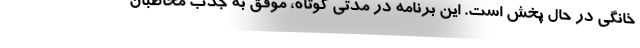
خانگی در حال پخش است. این برنامه در مدتی کوتاه، موفق به جذب مخاطبان